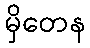
မှိတေန